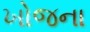
ખોજના